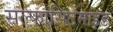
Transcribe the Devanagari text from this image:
सल्फासिटेमाइड